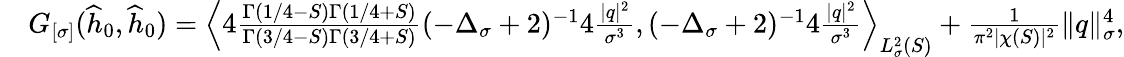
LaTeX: \begin{array}{rl}&{G_{[\sigma]}(\widehat{h}_{0},\widehat{h}_{0})=\left\langle 4\frac{\Gamma(1/4-S)\Gamma(1/4+S)}{\Gamma(3/4-S)\Gamma(3/4+S)}(-\Delta_{\sigma}+2)^{-1}4\frac{|q|^{2}}{\sigma^{3}},(-\Delta_{\sigma}+2)^{-1}4\frac{|q|^{2}}{\sigma^{3}}\right\rangle_{L_{\sigma}^{2}(S)}+\frac{1}{\pi^{2}|\chi(S)|^{2}}\| q\| _{\sigma}^{4},}\end{array}